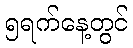
၅ရက်နေ့တွင်